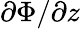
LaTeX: \partial\Phi/\partial{z}